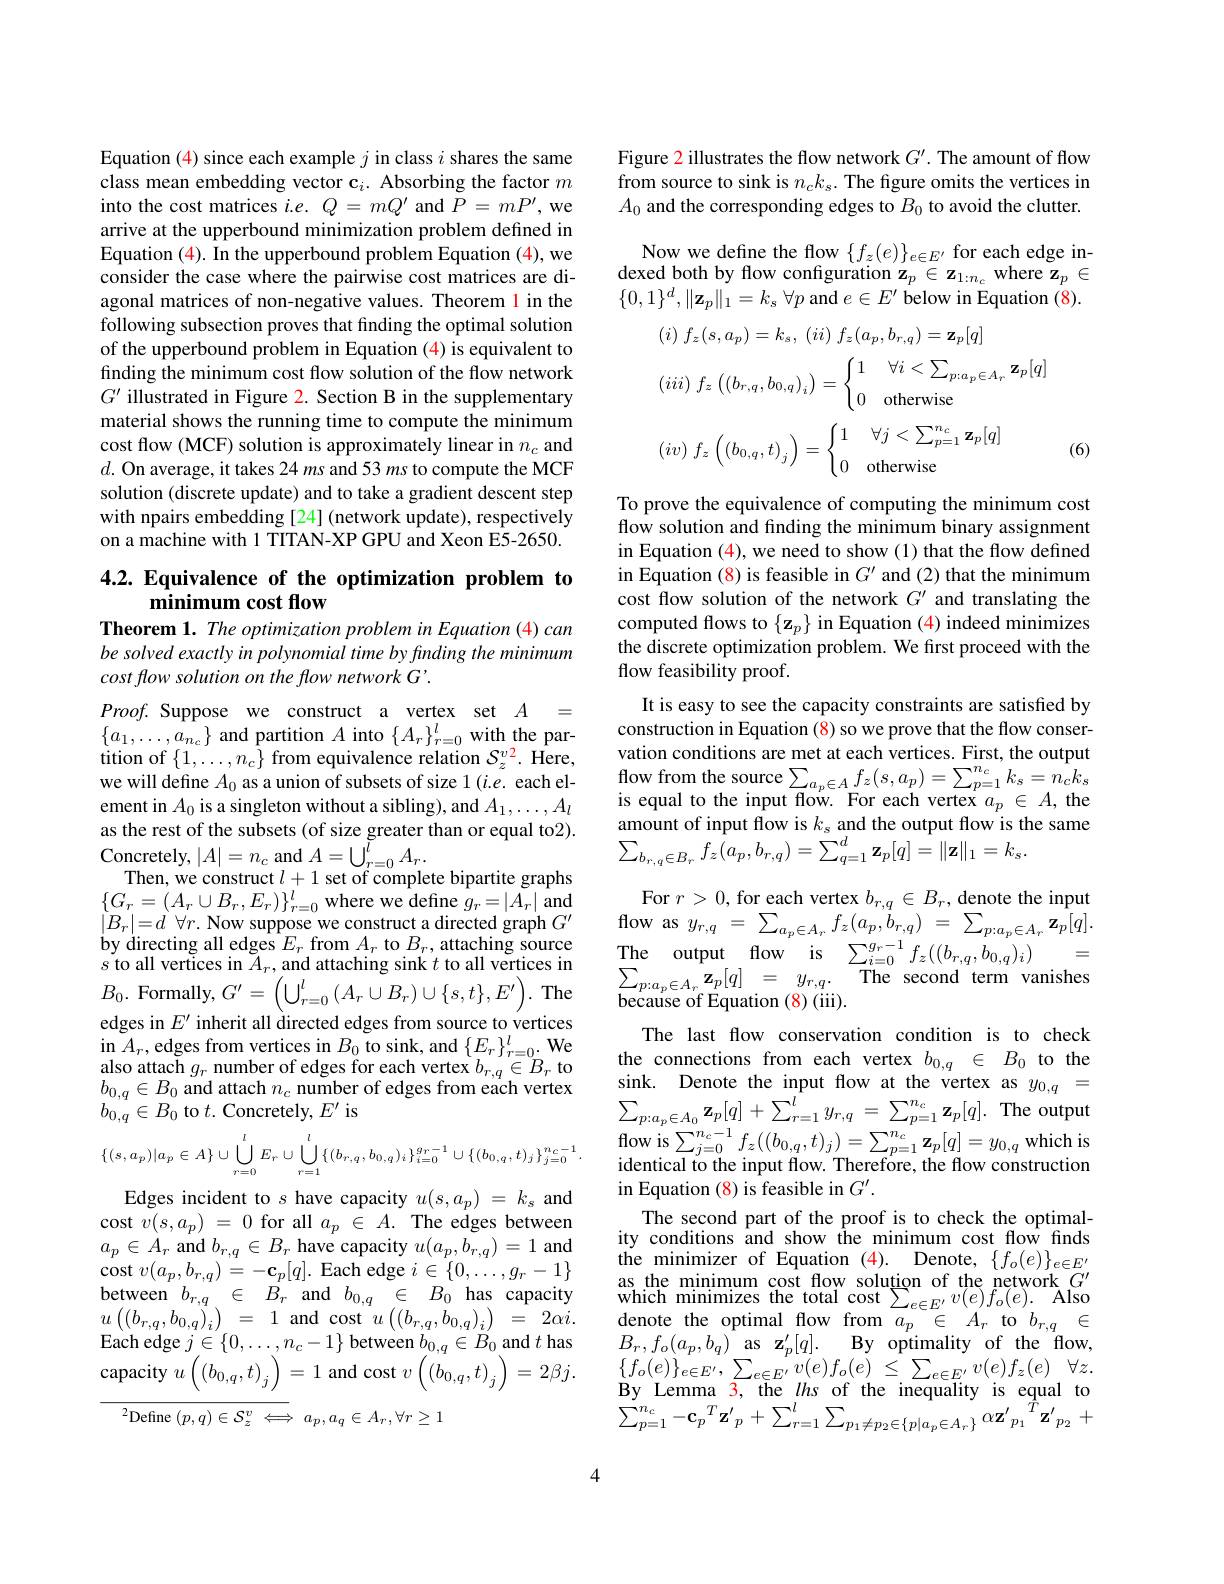
Equation (4) since each example $j$ in class $i$ shares the same class mean embedding vector c$_i.$ Absorbing the factor $m$ into the cost matrices $i.e.Q=mQ^{\prime}$ and $P=mP^\prime$, we arrive at the upperbound minimization problem defined in Equation (4). In the upperbound problem Equation (4), we consider the case where the pairwise cost matrices are diagonal matrices of non-negative values. Theorem 1 in the following subsection proves that finding the optimal solution of the upperbound problem in Equation (4) is equivalent to finding the minimum cost flow solution of the flow network $G^{\prime}$ illustrated in Figure 2. Section B in the supplementary material shows the running time to compute the minimum cost flow (MCF) solution is approximately linear in $n_c$ and $d.$ On average, it takes 24 ms and 53 ms to compute the MCF solution (discrete update) and to take a gradient descent step with npairs embedding [24] (network update), respectively on a machine with 1 TITAN-XP GPU and Xeon E5-2650.

### 4.2. Equivalence of the optimization problem to minimum cost flow

Theorem 1. The optimization problem in Equation (4) can be solved exactly in polynomial time by finding the minimum cost flow solution on the flow network G'.

$Proof.$Suppose we construct a vertex set $A$ = $\{a_{1},\ldots,a_{n_{c}}\}$ and partition $A$ into $\{A_r\}_r=0^l$ with the partition of $\{1,\ldots,n_{c}\}$ from equivalence relation $S_z^{v2}.$ Here, we will define $A_0$ as a union of subsets of size 1(i.e. each element in $A_0$ is a singleton without a sibling), and $A_1,\ldots,A_l$ $\begin{aligned}&\text{as the rest of the subsets (of size greater than or equal to2).}&&\text{amount of input flow is }k_{s}\text{ and the output flow is the same}\\&\text{Concretely, }|A|=n_{c}\mathrm{~and~}A=\bigcup_{r=0}^{l}A_{r}.&&\sum_{b_{r,q}\in B_{r}}f_{z}(a_{p},b_{r,q})=\sum_{q=1}^{d}\mathbf{z}_{p}[q]=\|\mathbf{z}\|\end{aligned}$
Then, we construct $l+1$ set of complete bipartite graphs
$\{ G_{r}= ( A_{r}\cup B_{r}, E_{r}) | _{r= 0}^{l}$ where we define $g_{r}= | A_{r}|$ and For $r> 0$,for each vertex $b_{r, q}\in B_{r}$, denote the input $| B_{r}| = d$ $\forall r.$ Now suppose we construct a directed graph $G^{\prime }$flow as $y_{r, q}= \sum _{a_{p}\in A_{r}}f_{z}( a_{p}, b$
$s$ to all vertices in $\tilde{A}_{r}$,and attaching sink $t$ to all vertices in $B_{0}.$ Formally$,G^\prime=\left(\bigcup_{r=0}^{l}\left(A_{r}\cup B_{r}\right)\cup\{s,t\},E^{\prime}\right).$ The edges in $E^\prime$ inherit all directed edges from source to vertices $\begin{array}{l}{\mathrm{in~}A_{r},\mathrm{edges~from~vertices~in~}B_{0}\mathrm{~to~sink,~and~}\{E_{r}\}_{r=0}^{l}.\mathrm{We}}\\{\mathrm{also~attach~}g_{r}\mathrm{~number~of~edges~for~each~vertex~}b_{r,q}\in B_{r}\mathrm{~to}}\\{b_{0,q}\in B_{0}\mathrm{~and~attach~}n_{c}\mathrm{~number~of~edges~from~each~vertex}}\\{b_{0,q}\in B_{0}\mathrm{~to~}t.}\end{array}$
$$\{(s,a_p)|a_p\in A\}\cup\bigcup\limits_{r=0}^lE_r\cup\bigcup\limits_{r=1}^l\{(b_{r,q},b_{0,q})_i\}_{i=0}^{g_r-1}\cup\{(b_{0,q},t)_j\}_{j=0}^{n_c-1}.$$
Edges incident to $s$ have capacity $u(s,a_p)=k_s$ and cost $v(s,a_{p})~=~0~$for all $a_{p}~\in~A.~$The edges between $a_{p}\in A_{r}$ and $b_r, q\in B_{r}$ have capacity $u( a_{p}, b_{r, q}) = 1$ and $\operatorname*{cost}v(a_{p},b_{r,q})=-\mathbf{c}_{p}[q].$Each edge $i\in\{0,\ldots,g_{r}-1\}$ between $b_{r,q}\in B_{r}$ and $b_{0,q}\in B_{0}$ has capacity $u\left(\left(b_{r,q},b_{0,q}\right)_{i}\right)=$
and cost $u\left ( \left ( b_{r, q}, \ddot{b} _{0, q}\right ) _{i}\right )$ = $2\alpha i.$
Each edge $j\in\{0,\ldots,n_{c}-1\}$ between $b_0,q\in B_0$ and $t$ has capacity $u\left(\left(b_{0,q},t\right)_{j}\right)=1$ and cost $v\left(\left(b_{0,q},t\right)_{j}\right)=2\beta j.$

$^{2}$Define$\left(p,q\right)\in\mathcal{S}_z^v\iff a_p,a_q\in A_r,\forall r\geq1$

Figure 2 illustrates the flow network $G^\prime.$ The amount of flow from source to sink is $n_ck_s.$ The figure omits the vertices in $A_0$ and the corresponding edges to $B_0$ to avoid the clutter.

Now we define the flow $\{f_z(e)\}_{e\in E^{\prime}}$ for each edge indexed both by flow configuration $\mathbf{z}_p\in\mathbf{z}_{1:n_c}$ where z$_p\in$ $\{0,1\}^d,\|\mathbf{z}_p\|_1=k_s$ $\forall p$ and $e\in E^\prime$ below in Equation (8).
$$(iii)\:f_z\left((b_{r,q},b_{0,q})_i\right)=\begin{cases}1&\forall i<\sum_{p:a_p\in A_r}\mathbf{z}_p[q]\\0&\text{otherwise}\end{cases}$$
$$(iv)\:f_z\left(\left(b_{0,q},t\right)_j\right)=\begin{cases}1&\forall j<\sum_{p=1}^{n_c}\mathbf{z}_p[q]\\[2ex]0&\text{otherwise}\end{cases}$$
(6)

To prove the equivalence of computing the minimum cost flow solution and finding the minimum binary assignment in Equation (4), we need to show (1) that the flow defined in Equation (8) is feasible in $G^\prime$ and (2) that the minimum cost flow solution of the network $G^{\prime}$ and translating the computed flows to $\{\mathbf{z}_{p}\}$ in Equation (4) indeed minimizes the discrete optimization problem. We first proceed with the flow feasibility proof.
It is easy to see the capaci construction in Equation (8) vation conditions are met at $\begin{array}{l}{\text{flow from the source}}\end{array}$ $\begin{array}{rcl}{\sum_{p:a_{p}\in A_{r}}\mathbf{z}}\end{array}$
The last flow conservation c $\begin{array}{lll}\text{the connections from each vertex }b_{0,q}&\in&B_{0}&\text{to the}\\\text{sink. Denote the input flow at the vertex as}&y_{0,q}&=\end{array}$ $\sum_{p:a_{p}\in A_{0}}\mathbf{z}_{p}[q]$ in Equation (8) is feasible
The second part of the proof ity conditions and show the $\begin{array}{lll}{\text{the minimizer of Eq}}\end{array}$ denote the optimal flow from $\begin{array}{ccc}{B_{r},f_{o}(a_{p},b_{q})}&{\mathrm{as}}&{\mathbf{z}_{p}^{\prime}[q].}&{\mathrm{By}}&{\mathrm{optimality}}&{\mathrm{of}}&{\mathrm{the}}\end{array}$fow, $\{f_{o}(e)\}_{e\in E^{\prime}},\sum_{e\in E}$ $\begin{array}{l}{\mathrm{By~Lemma~3,~the~lhs~of~the~inequality~is~equal~to}}\\{\sum_{p=1}^{n_{c}}-\mathbf{c}_{p}^{T}\mathbf{z}_{p}^{\prime}+\sum_{r=1}^{l}\sum_{p_{1}\neq p_{2}\in\{p|a_{p}\in A_{r}\}}\alpha\mathbf{z}^{\prime}p_{1}^{T}\mathbf{z}^{\prime}p_{2}+}\end{array}$

4